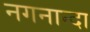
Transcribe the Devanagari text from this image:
नगनान्दा